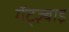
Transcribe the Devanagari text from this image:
गॅट्ज़्बाइ